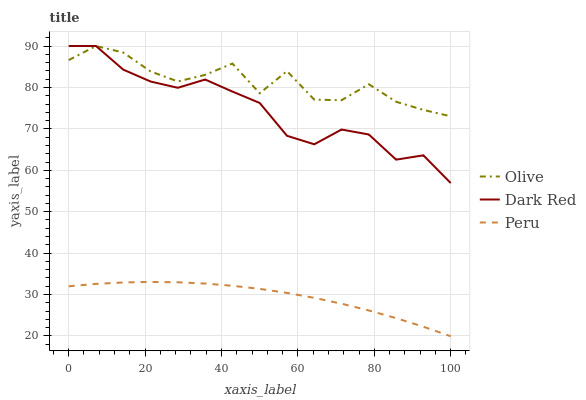
| xaxis_label | Olive | Dark Red | Peru |
 | --- | --- | --- | --- |
 | 0 | 86.6 | 90 | 32 |
 | 7.14 | 90 | 90 | 32.6 |
 | 14.3 | 88.4 | 84.3 | 32.9 |
 | 21.4 | 83.9 | 81.4 | 33.1 |
 | 28.6 | 81.4 | 79.9 | 33 |
 | 35.7 | 83 | 81.9 | 32.7 |
 | 42.9 | 85.8 | 79 | 32.1 |
 | 50 | 78.6 | 76.3 | 31.4 |
 | 57.1 | 83.9 | 68.3 | 30.4 |
 | 64.3 | 77.1 | 66.3 | 29.2 |
 | 71.4 | 76.9 | 69.8 | 27.8 |
 | 78.6 | 80.8 | 68.6 | 26.2 |
 | 85.7 | 76.5 | 62.6 | 24.3 |
 | 92.9 | 74.6 | 63.6 | 22.2 |
 | 100 | 73 | 56.9 | 19.9 |